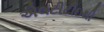
એલટીટીઇથી